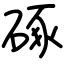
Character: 硺